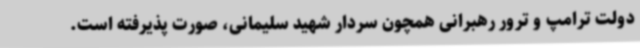
دولت ترامپ و ترور رهبرانی همچون سردار شهید سلیمانی، صورت پذیرفته است.